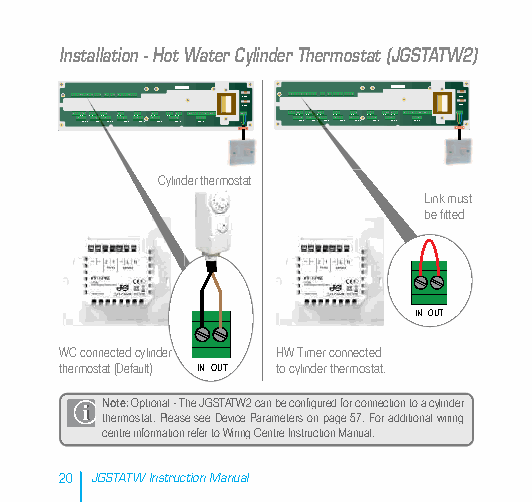
Installation - Hot Water Cylinder Thermostat (JGSTATW2)
 5 x 20mm      5 x 20mm
 5 x 20mm      5 x 20mm
 SL N ZO NL E 1SL N L ZONE 2SL N L ZONE 3SL N L ZONE 4SL N ZL ONE 5 SL N LZONE 6SL N LSZLO NNE 7L ZONE 8 SL N ZO NL E 1SL N L ZONE 2SL N L ZONE 3SL N L ZONE 4SL N ZL ONE 5 SL N LZONE 6SL N LSZLO NNE 7L ZONE 8
 Cylinder thermostat
 Link must
 be fitted
 INOUT
 WC connected cylinder HW Timer connected
 thermostat (Default) IN OUT to cylinder thermostat.
 Note:Optional - The JGSTATW2 can be configured for connection to a cylinder
 thermostat. Please see Device Parameters on page 57. For additional wiring
 centre information refer to Wiring Centre Instruction Manual.
 20 JGSTATW Instruction Manual